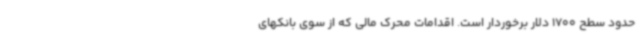
حدود سطح 1700 دلار برخوردار است. اقدامات محرک مالی که از سوی بانکهای